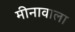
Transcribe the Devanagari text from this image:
मीनावाला